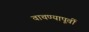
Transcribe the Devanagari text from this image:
वाचण्यापूर्वी